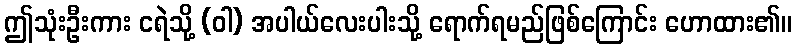
ဤသုံးဦးကား ငရဲသို့ (ဝါ) အပါယ်လေးပါးသို့ ရောက်ရမည်ဖြစ်ကြောင်း ဟောထား၏။